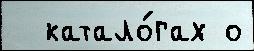
  катало́гах о